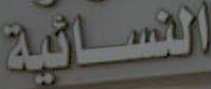
النسائية